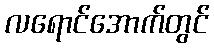
လရောင်အောက်တွင်